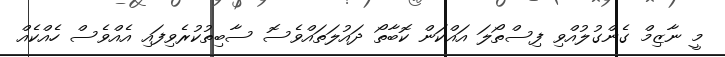
މީ ނާޒިމް ގެންގުލުއްވި ފިސްތޯލަ އައްކަން ކޮބާތޯ ދައުލަތައްވެސޮ ސާބިތުކުރެވިފައި އެއްވެސް ހެއްކެއް